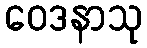
ဝေဒနာသု